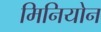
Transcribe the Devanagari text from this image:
मिनियोन